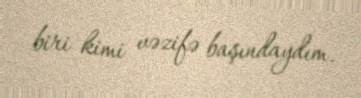
biri kimi vəzifə başındaydım.